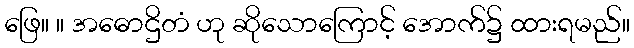
ဖြေ။ ။ အဓောဌိတံ ဟု ဆိုသောကြောင့် အောက်၌ ထားရမည်။